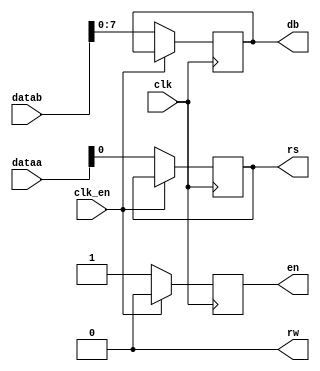
module lcd(
	input clk,						//Entrada do clock da fpga														
	input clk_en,					//Clock enable vai ser chamado quando a funo customizada for chamada
	input [31:0] dataa,			//Dataa 
	input [31:0] datab,			//Datab
	
	output     rw,					//Read(1) e Write(0)
	output reg en,					//Enable 
	output reg rs, 				//Seleo - Comando(0) e Dado(1)
	output reg [7:0] db
);
	
	assign rw = 1'b0; 			
	
	always @(posedge clk) begin // A cada subida de clock
		if(clk_en) begin // Se a funo customizada foi chamada
			en <= 1'b0;				 //Confirma o dado atual
		end else begin
			en <= 1'b1;				 
			rs <= dataa[0];		 //Atualiza o rs
			db <= datab[7:0];		 //Atualiza o dado atual no barramento 
		end
	end
	
endmodule